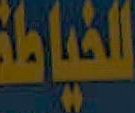
للخياطة